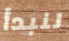
لنبدأ